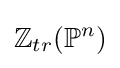
\mathbb {Z} _{tr}(\mathbb {P} ^{n})